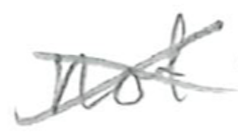
Text: not
Cross-out: cross
Writing tool: pencil